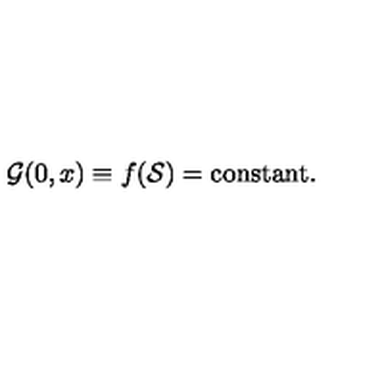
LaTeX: { \cal G } ( 0 , x ) \equiv f ( { \cal S } ) = \mathrm { c o n s t a n t } .